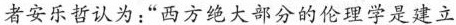
者安乐哲认为:“西方绝大部分的伦理学是建立